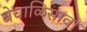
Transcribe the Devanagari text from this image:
बेचाळिसावा